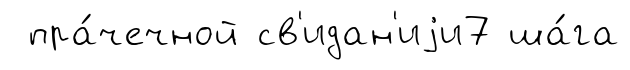
пра́чечной св'идан'иjи7 ша́га